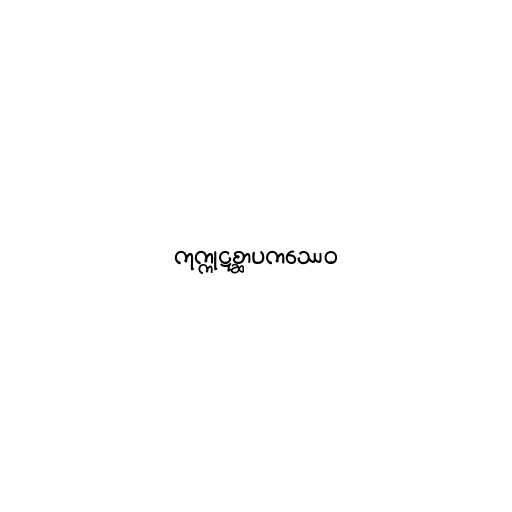
ကုက္ကုဋစ္ဆာပကဿေဝ